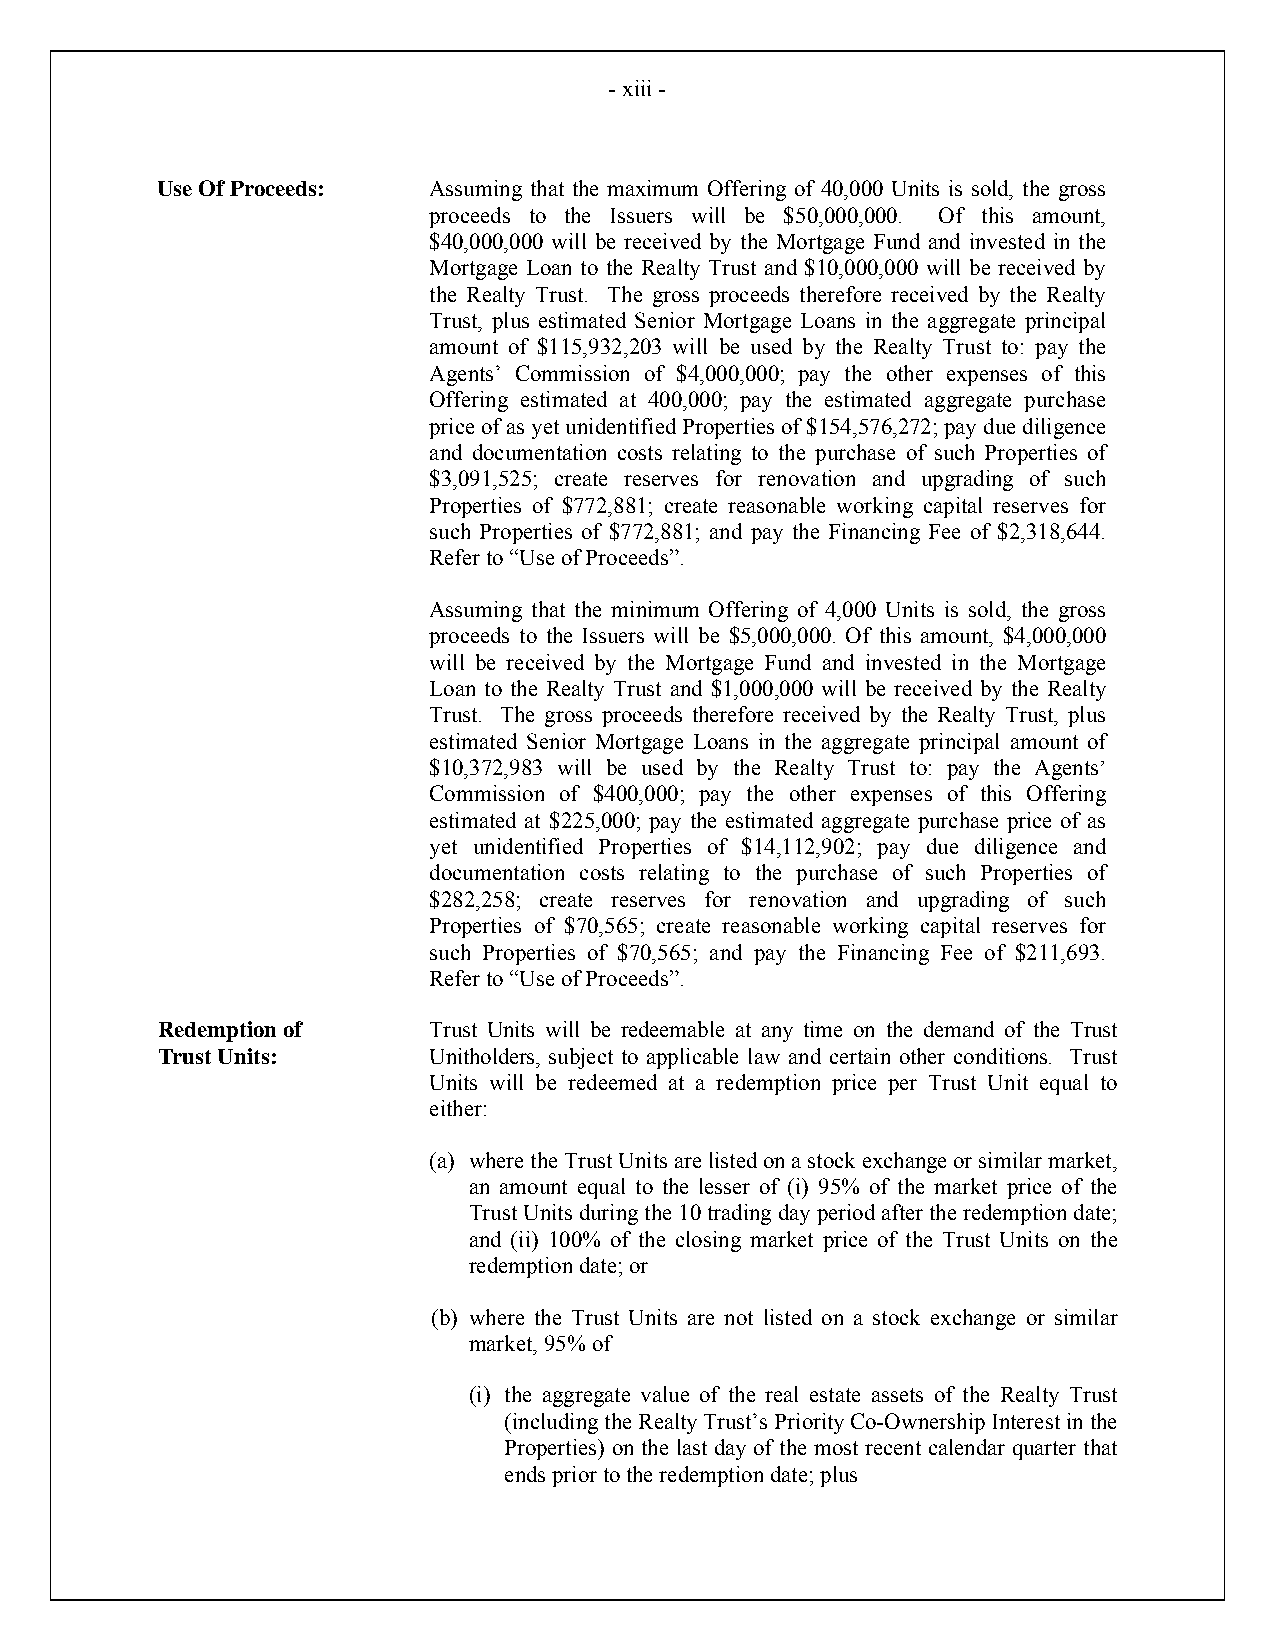
- xiii -
 Use Of Proceeds:  Assuming that the maximum Offering of 40,000 Units is sold, the gross
 proceeds to the Issuers will be $50,000,000. Of this amount,
 $40,000,000 will be received by the Mortgage Fund and invested in the
 Mortgage Loan to the Realty Trust and $10,000,000 will be received by
 the Realty Trust. The gross proceeds therefore received by the Realty
 Trust, plus estimated Senior Mortgage Loans in the aggregate principal
 amount of $115,932,203 will be used by the Realty Trust to: pay the
 Agents’ Commission of $4,000,000; pay the other expenses of this
 Offering estimated at 400,000; pay the estimated aggregate purchase
 price of as yet unidentified Properties of $154,576,272; pay due diligence
 and documentation costs relating to the purchase of such Properties of
 $3,091,525; create reserves for renovation and upgrading of such
 Properties of $772,881; create reasonable working capital reserves for
 such Properties of $772,881; and pay the Financing Fee of $2,318,644.
 Refer to “Use of Proceeds”.
 Assuming that the minimum Offering of 4,000 Units is sold, the gross
 proceeds to the Issuers will be $5,000,000. Of this amount, $4,000,000
 will be received by the Mortgage Fund and invested in the Mortgage
 Loan to the Realty Trust and $1,000,000 will be received by the Realty
 Trust. The gross proceeds therefore received by the Realty Trust, plus
 estimated Senior Mortgage Loans in the aggregate principal amount of
 $10,372,983 will be used by the Realty Trust to: pay the Agents’
 Commission of $400,000; pay the other expenses of this Offering
 estimated at $225,000; pay the estimated aggregate purchase price of as
 yet unidentified Properties of $14,112,902; pay due diligence and
 documentation costs relating to the purchase of such Properties of
 $282,258; create reserves for renovation and upgrading of such
 Properties of $70,565; create reasonable working capital reserves for
 such Properties of $70,565; and pay the Financing Fee of $211,693.
 Refer to “Use of Proceeds”.
 Redemption of     Trust Units will be redeemable at any time on the demand of the Trust
 Trust Units:      Unitholders, subject to applicable law and certain other conditions. Trust
 Units will be redeemed at a redemption price per Trust Unit equal to
 either:
 (a) where the Trust Units are listed on a stock exchange or similar market,
 an amount equal to the lesser of (i) 95% of the market price of the
 Trust Units during the 10 trading day period after the redemption date;
 and (ii) 100% of the closing market price of the Trust Units on the
 redemption date; or
 (b) where the Trust Units are not listed on a stock exchange or similar
 market, 95% of
 (i) the aggregate value of the real estate assets of the Realty Trust
 (including the Realty Trust’s Priority Co-Ownership Interest in the
 Properties) on the last day of the most recent calendar quarter that
 ends prior to the redemption date; plus